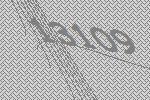
13109